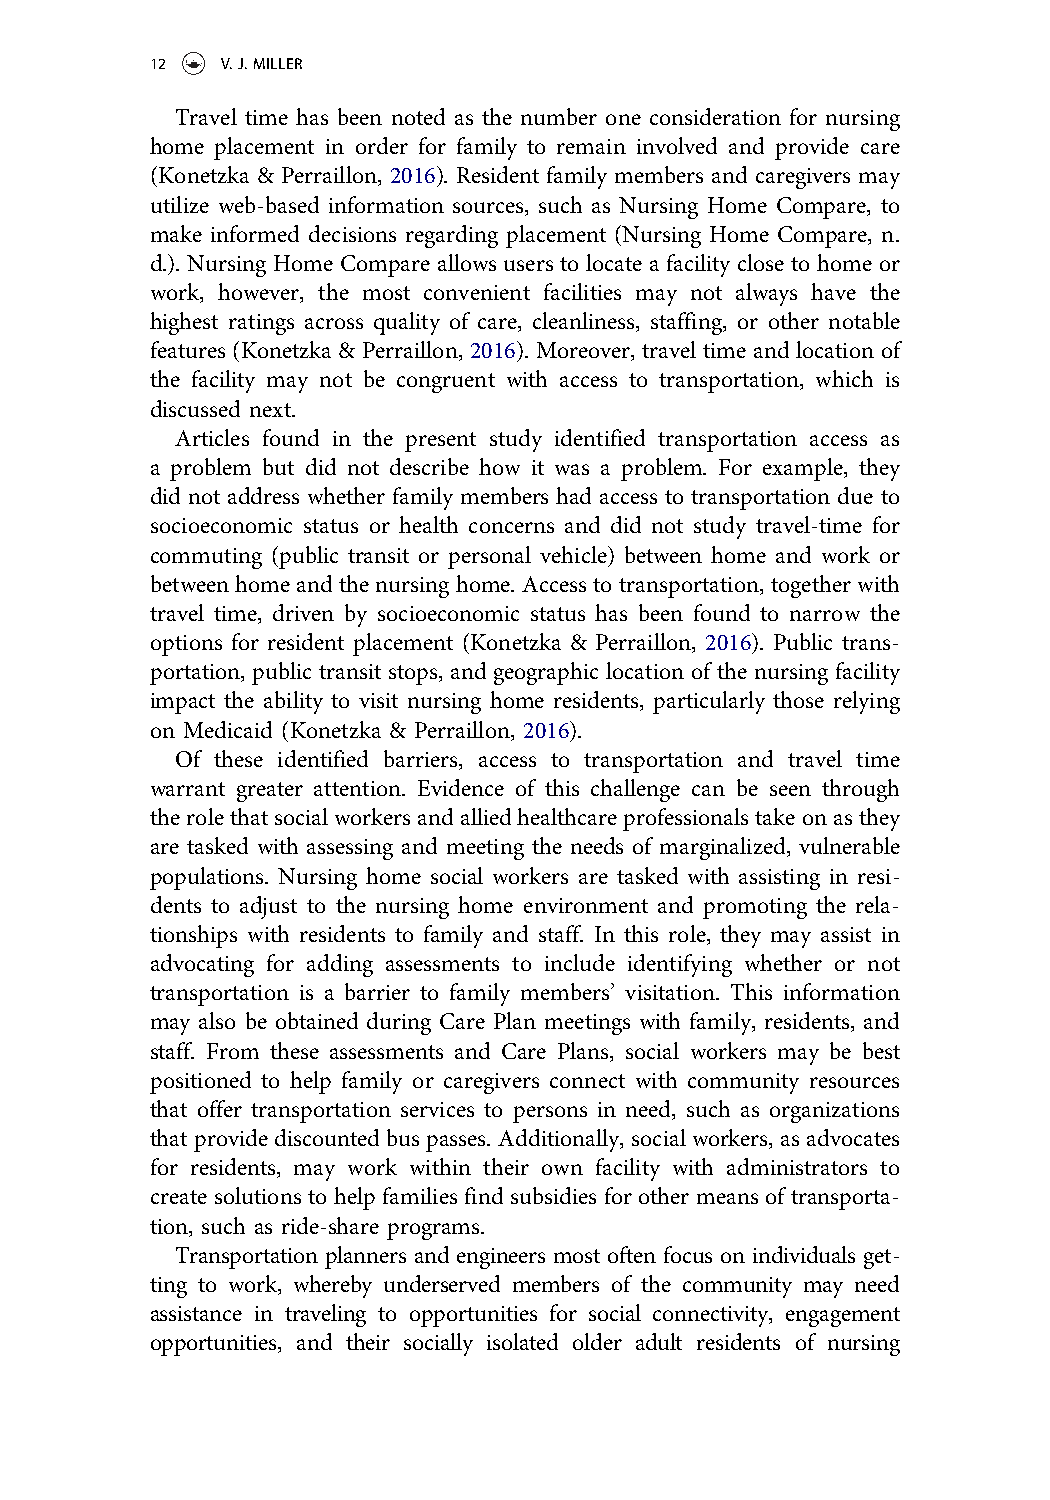
12   V.J.MILLER
 Travel time has been noted as the number one consideration for nursing
 home placement in order for family to remain involved and provide care
 (Konetzka & Perraillon, 2016). Resident family members and caregivers may
 utilize web-based information sources, such as Nursing Home Compare, to
 make informed decisions regarding placement (Nursing Home Compare, n.
 d.). Nursing Home Compare allows users to locate a facility close to home or
 work, however, the most convenient facilities may not always have the
 highest ratings across quality of care, cleanliness, staffing, or other notable
 features (Konetzka & Perraillon, 2016). Moreover, travel time and location of
 the facility may not be congruent with access to transportation, which is
 discussed next.
 Articles found in the present study identified transportation access as
 a problem but did not describe how it was a problem. For example, they
 did not address whether family members had access to transportation due to
 socioeconomic status or health concerns and did not study travel-time for
 commuting (public transit or personal vehicle) between home and work or
 between home and the nursing home.Access to transportation,together with
 travel time, driven by socioeconomic status has been found to narrow the
 options for resident placement (Konetzka & Perraillon, 2016). Public trans-
 portation, public transit stops, and geographic location of the nursing facility
 impact the ability to visit nursing home residents, particularly those relying
 on Medicaid (Konetzka & Perraillon, 2016).
 Of these identified barriers, access to transportation and travel time
 warrant greater attention. Evidence of this challenge can be seen through
 therolethatsocialworkersandalliedhealthcareprofessionalstakeonasthey
 are tasked with assessing and meeting the needs of marginalized, vulnerable
 populations. Nursing home social workers are tasked with assisting in resi-
 dents to adjust to the nursing home environment and promoting the rela-
 tionships with residents to family and staff. In this role, they may assist in
 advocating for adding assessments to include identifying whether or not
 transportation is a barrier to family members’ visitation. This information
 may also be obtained during Care Plan meetings with family, residents, and
 staff. From these assessments and Care Plans, social workers may be best
 positioned to help family or caregivers connect with community resources
 that offer transportation services to persons in need, such as organizations
 that provide discounted bus passes. Additionally, social workers, as advocates
 for residents, may work within their own facility with administrators to
 create solutions to help families find subsidies for other means of transporta-
 tion, such as ride-share programs.
 Transportation planners and engineers most often focus on individuals get-
 ting to work, whereby underserved members of the community may need
 assistance in traveling to opportunities for social connectivity, engagement
 opportunities, and their socially isolated older adult residents of nursing